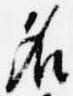
名